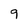
Character: 9